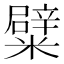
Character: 糪